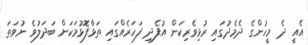
އެއީ ދެ މީހުންގެ ދެމެދުގައި ރުޅިވެރިކަން އުފެދި ފަހަރެއްގައި ތަޅާފޮޅުމަކަށް ބަދަލުވެ ނުވަތަ